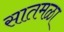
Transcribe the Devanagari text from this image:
सातमळा